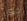
ذكر